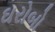
ઘરોબો